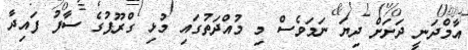
އާމްދަނީ ދަށަށް ދިޔަ ނަމަވެސް މި މުއްދަތުގައި މުޅި ގްރޫޕުގެ ސާފު ފައިދާ